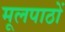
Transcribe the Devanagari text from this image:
मूलपाठों